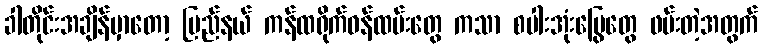
ခါတိုင်းအချိန်မှာတော့ ပြည်နယ် ကန်ထရိုက်ဝန်ထမ်းတွေ ကသာ စပါးအုံးမြွေတွေ ဖမ်းတဲ့အတွက်